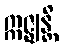
ဣဇ္ဈန္တိ